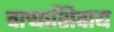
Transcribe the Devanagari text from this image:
वाऱ्याशिवाय